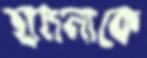
হামলাকে